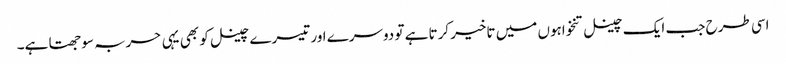
اسی طرح جب ایک چینل تنخواہوں میں تاخیر کرتا ہے تو دوسرے اور تیسرے چینل کو بھی یہی حربہ سوجھتا ہے۔